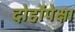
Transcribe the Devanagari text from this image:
दोहोंपेक्षा